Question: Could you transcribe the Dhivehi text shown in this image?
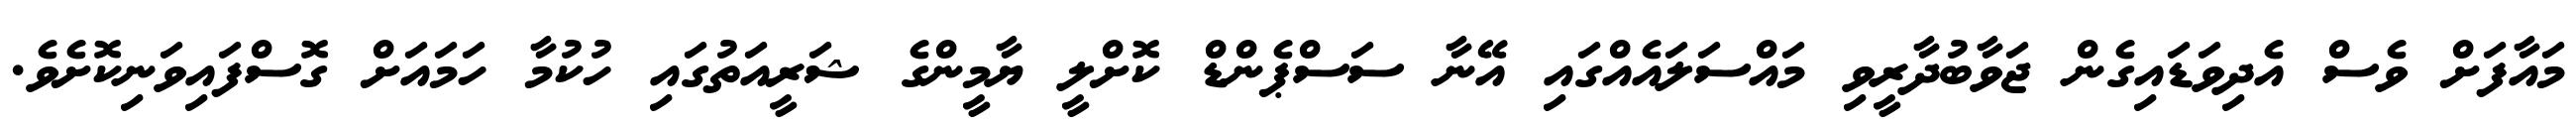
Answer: މައާފަށް ވެސް އެދިވަޑައިގެން ޖަވާބުދާރީވި މައްސަލައެއްގައި އޭނާ ސަސްޕެންޑް ކޮށްލީ ޔާމީންގެ ޝަރީއަތުގައި ހުކުމާ ހަމައަށް ގޮސްފައިވަނިކޮށެވެ.